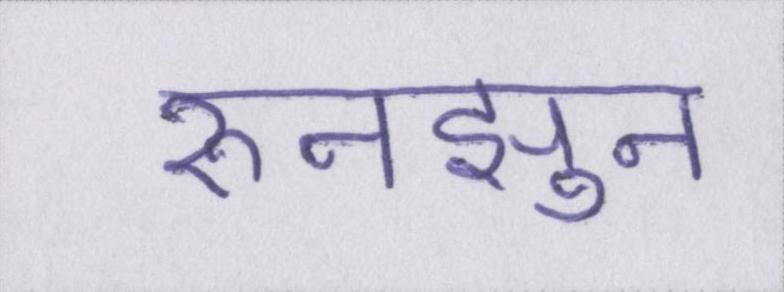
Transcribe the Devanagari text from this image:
रुनझुन